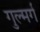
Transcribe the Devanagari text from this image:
गुल्मर्ग